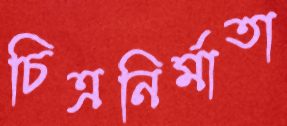
চিত্রনির্মাতা